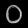
Digit: ၀